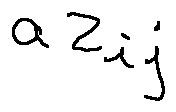
a z _ { i j }